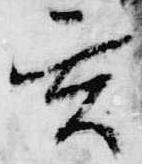
玄